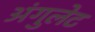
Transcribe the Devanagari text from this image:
अंगुलेट